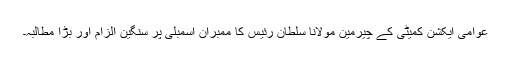
عوامی ایکشن کمیٹی کے چیرمین مولانا سلطان رئیس کا ممبران اسمبلی پر سنگین الزام اور بڑا مطالبہ۔